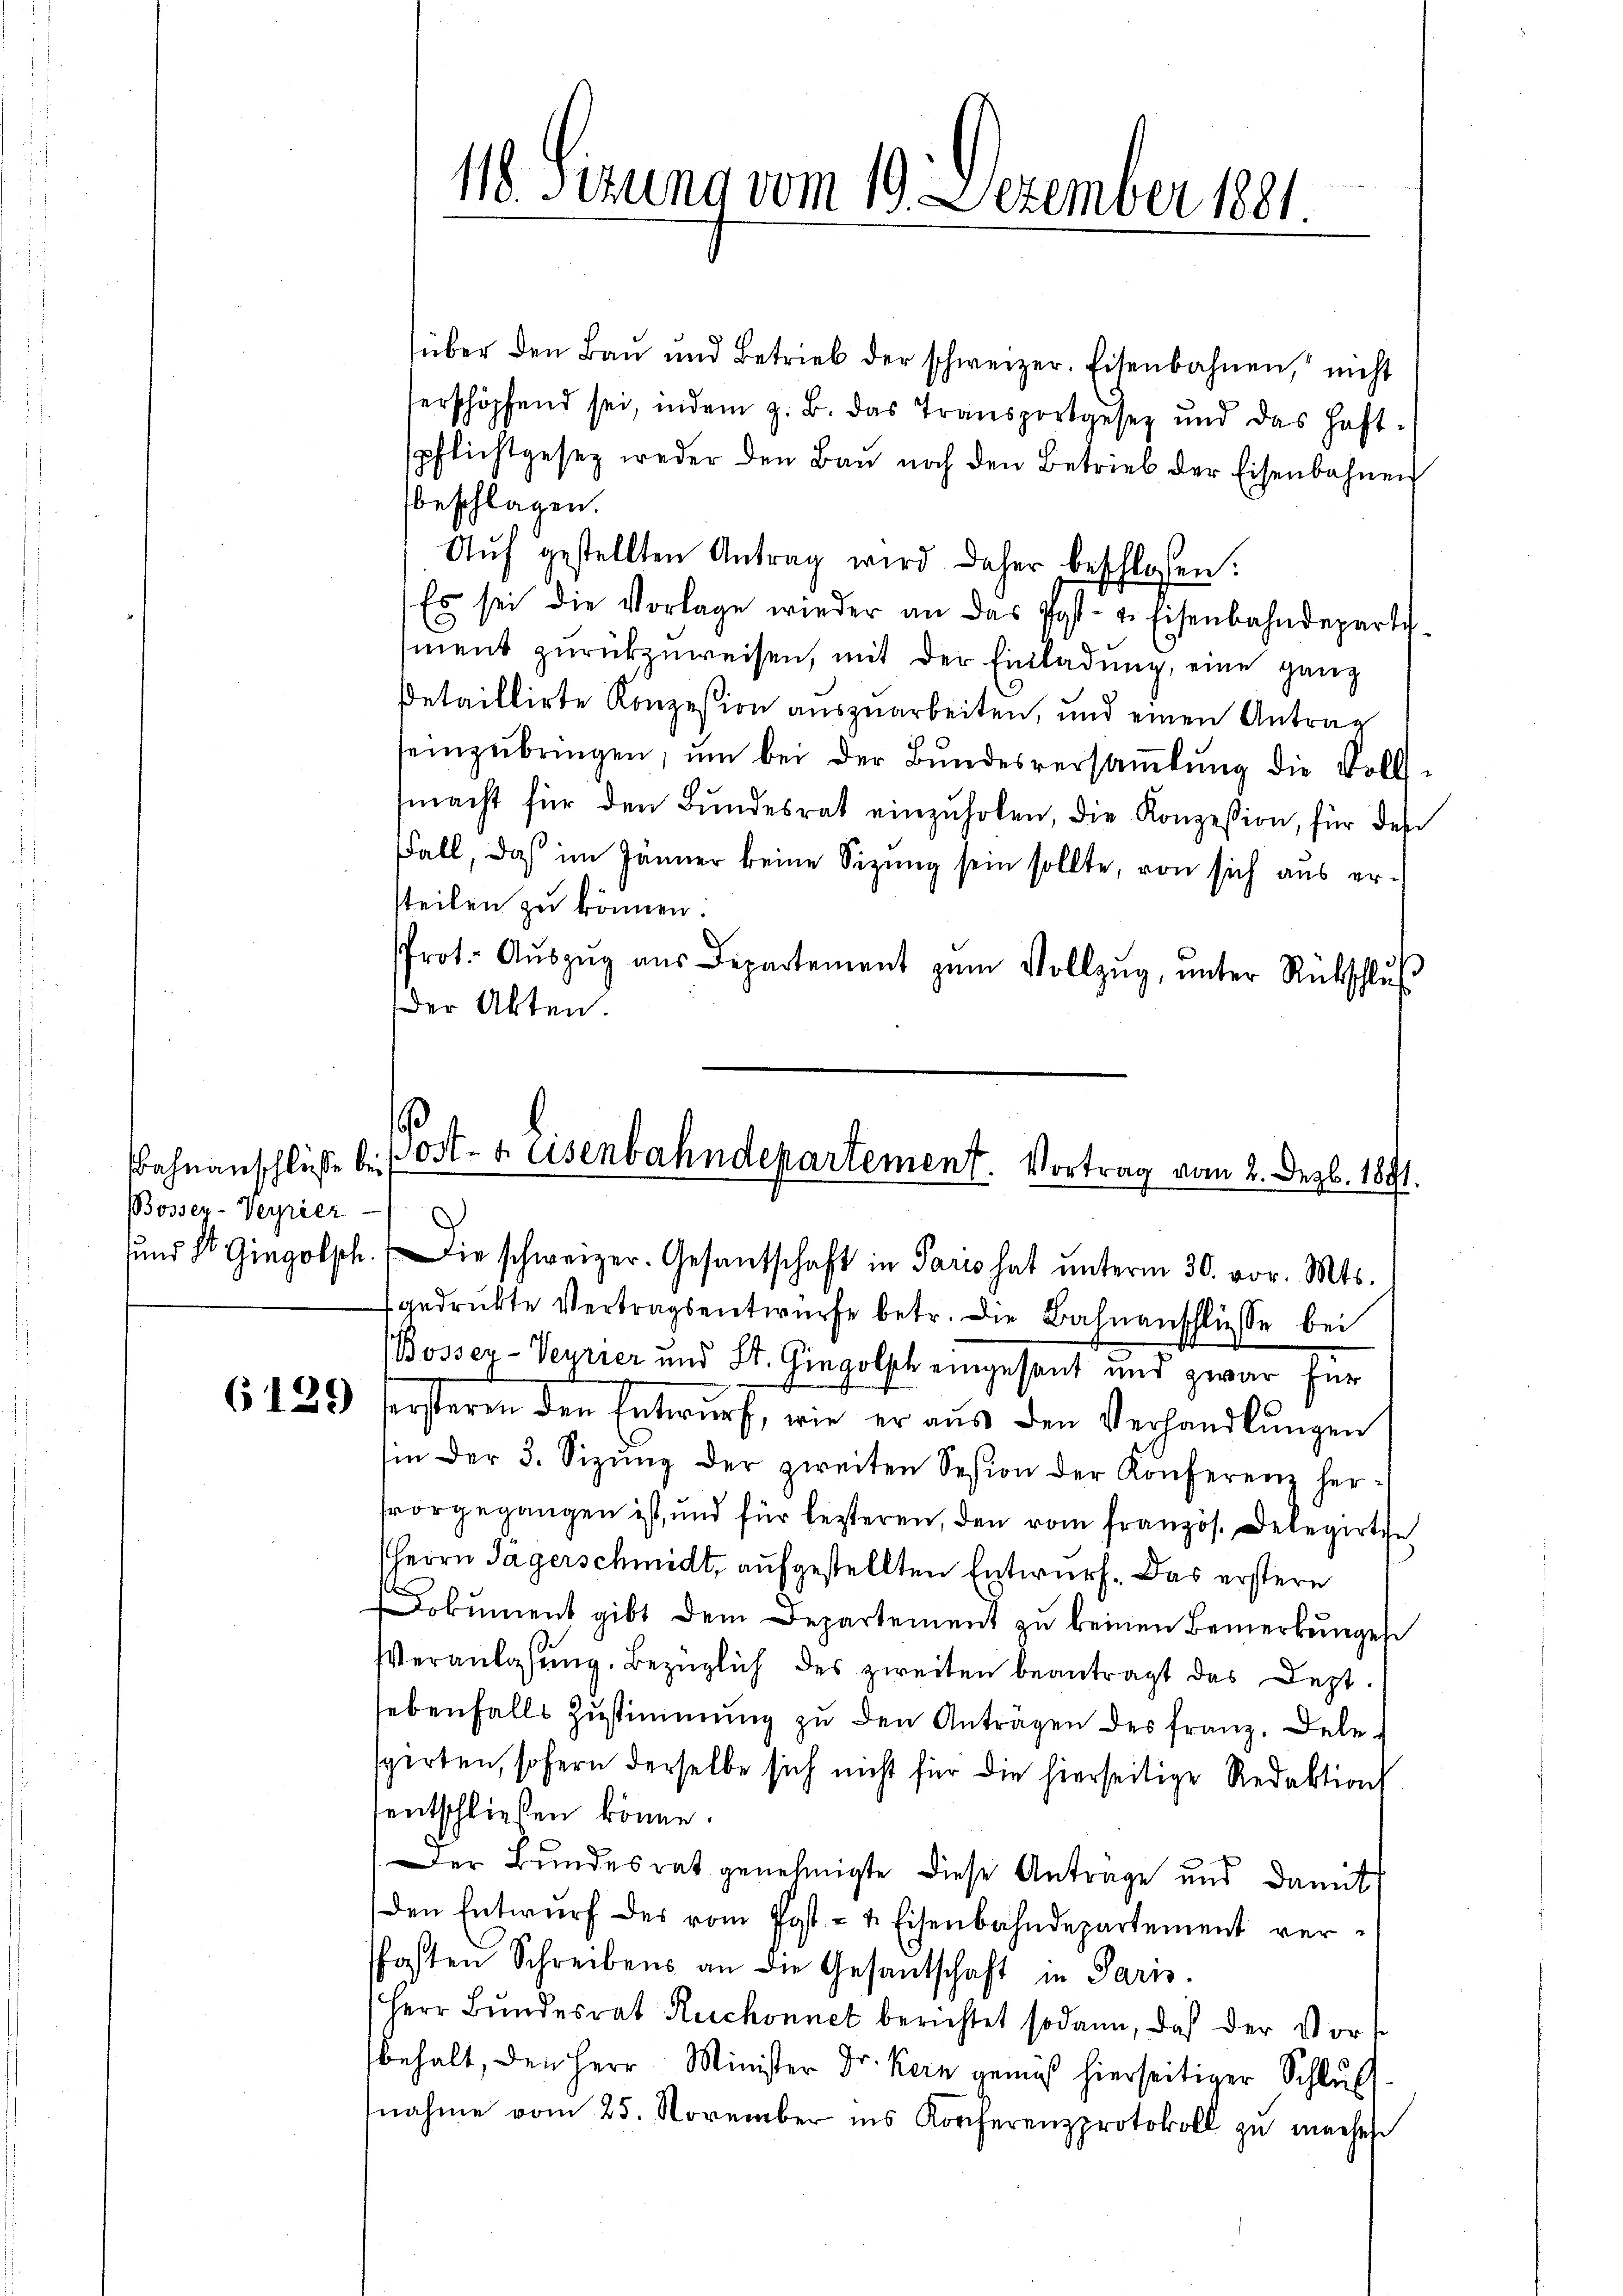
Bosser-Verrier

118. Sizung vom 19. Dezember 1881

¬
Bahnanschlüsse bei Ost- & Eisenbahndepartement. Vortrag vom 2. Dezb. 1891.
und St. Gingolsch. Die schweizer. Gesantschaft in Paris hat unterm 30. vor. Mts.

gedruckte Vertragsentwürfe betr. die Bahnanschliesse bei
Bossey-Veyrier und St. Gingolsch eingesant und zwar für
6 189 ersteren den Entwurf, wie er aus den Verhandlungen
sin der 3. Sizŭng der zweiten Sesion der Konferenz her-
forgegangen ist, und für lezteren, den vom französ. Delegirte
HHerrn Sagerschmidt, aufgestellten Entwurf. Das erstere
Dokument gibt dem Departement zu keinen Bemerkungen
Veranlassŭng. Bezüglich des zweiten beantragt das Dept-
sebenfalls Zustimmung zu den Anträgen des Franz. Delespirten, sofern derselbe sich nicht für die hierseitige Redaktion
entschließen könne.
Der Bundesrat genehmigte diese Antrage und damit
den Entwŭrf des vom Post- & Eisenbahndepartement ver¬
Pfasten Schreibens an die Gesantschaft in Paris.
Herr Bundesrat Ruchonnet berichtet sodann, daß der Vort
behalt, den Herr Minister Dr. Kern gemäß hierseitiger Schluß
nahme vom 25. November ins Konferenzprotokoll zu machete

über den Bau und Betrieb der schweizer. Eisenbahnen, nicht
serschöpfend sei, indem z. B. das Transportgesetz und das Haft-
spflichtgesez weder den Bau noch den Betrieb der Eisenbahnen
beschlagen.
Aŭf gestellten Antrag wird daher beschlossen:
Es sei die Vorlage wieder an das Post- u. Eisenbahndeparti-
ment zurückzuweisen, mit der Einladung, eine ganz
Detaillirte Konzesion auszuarbeiten, und einen Antrag
einzŭbringen, ŭm bei der Bŭndesversaṁlŭng die Volls-
macht für den Bundesrat einzuholen, die Konzession, für den
FFall, daß im Jänner keine Sitzung sein sollte, von sich aus ersteilen zu können.
Prot. Aŭszŭg aŭs Departement zŭm Vollzŭg, ŭnter Rückschlŭβ
Der Akten.